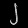
Digit: ၂